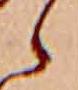
ら